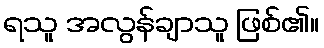
ရသူ အလွန်ချာသူ ဖြစ်၏။